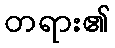
တရား၏